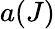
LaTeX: a(J)